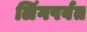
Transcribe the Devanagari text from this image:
लिंगपर्वत